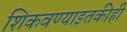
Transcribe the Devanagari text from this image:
शिकवण्याइतकीही